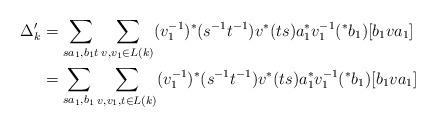
LaTeX: \begin{align*}\Delta_{k}' &= \displaystyle \sum_{sa_{1},b_{1}t} \displaystyle \sum_{v,v_{1} \in L(k)} (v_{1}^{-1})^{\ast}(s^{-1}t^{-1})v^{\ast}(ts)a_{1}^{\ast}v_{1}^{-1}(^{\ast}b_{1})[b_{1}va_{1}] \\&=\displaystyle \sum_{sa_{1},b_{1}} \displaystyle \sum_{v,v_{1},t \in L(k)} (v_{1}^{-1})^{\ast}(s^{-1}t^{-1})v^{\ast}(ts)a_{1}^{\ast}v_{1}^{-1}(^{\ast}b_{1})[b_{1}va_{1}] \end{align*}